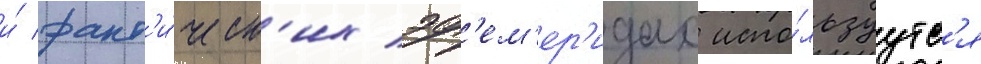
и́ факт'и́ческ'их эф'ем'ер'идах испо́льзуутс'я